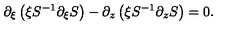
\partial _ { \xi } \left( \xi S ^ { - 1 } \partial _ { \xi } S \right) - \partial _ { z } \left( \xi S ^ { - 1 } \partial _ { z } S \right) = 0 .